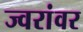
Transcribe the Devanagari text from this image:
ज्वरांवर